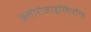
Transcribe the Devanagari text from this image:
क्लोरोजाइलिनॉल